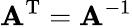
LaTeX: \mathbf{A}^{\mathrm{{T}}}=\mathbf{A}^{-1}